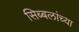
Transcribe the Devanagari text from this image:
सिब्बलांच्या